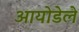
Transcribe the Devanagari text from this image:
आयोडेले